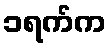
၁ရက်က